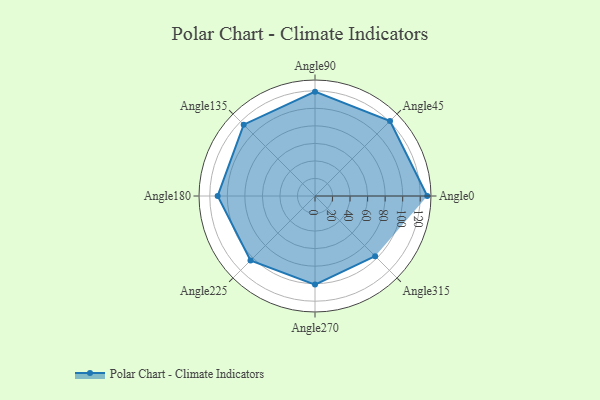
{"axis": {"x": "Angle", "y": "Radius"}, "legend": [""], "data": [{"x": "Angle0", "y": 128.0, "type": ""}, {"x": "Angle45", "y": 121.0, "type": ""}, {"x": "Angle90", "y": 119.0, "type": ""}, {"x": "Angle135", "y": 115.0, "type": ""}, {"x": "Angle180", "y": 111.0, "type": ""}, {"x": "Angle225", "y": 104.0, "type": ""}, {"x": "Angle270", "y": 101.0, "type": ""}, {"x": "Angle315", "y": 97.0, "type": ""}]}